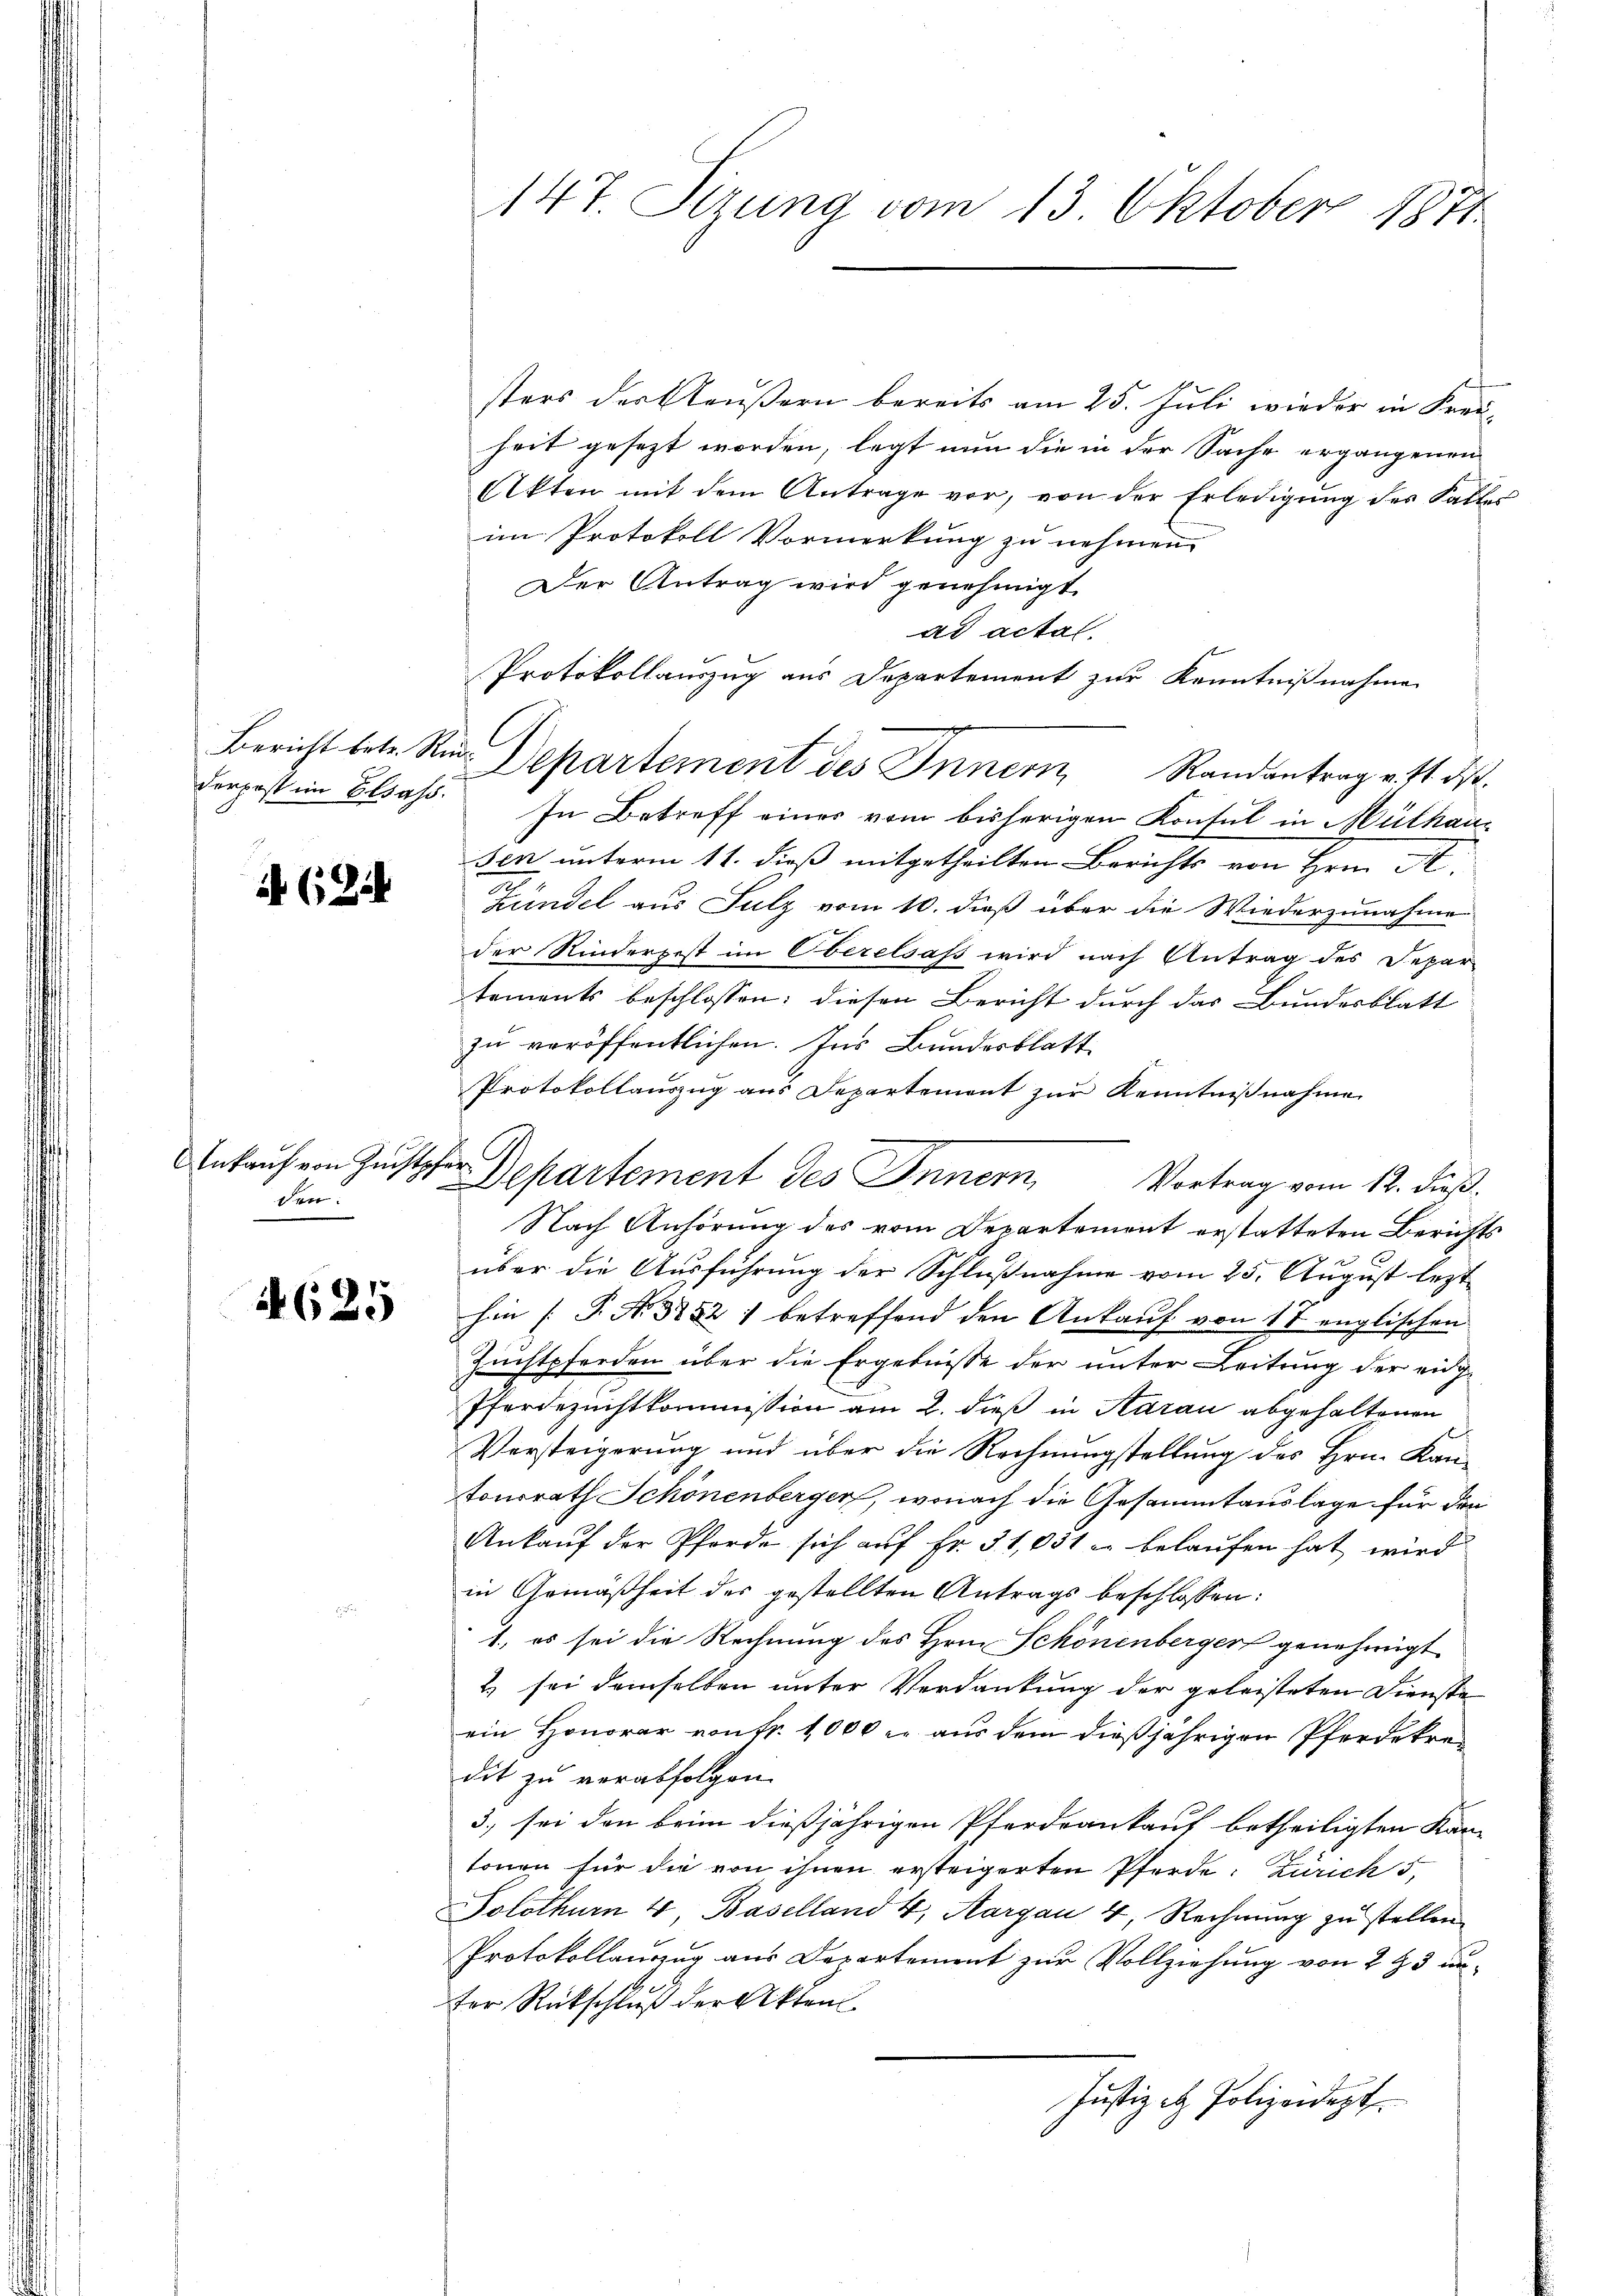
Bericht betr. Rud

(Zi

Ankauf von Zuchtpfer
den.

4625

147. Sizung vom 13. Oktober 1871

sters der Aeußern bereits am 25. Juli wieder in Kreuheit gesezt worden, legt nun die in der Sache ergangenen
Akten mit dem Antrage vor, von der Erledigŭng des Falles
im Protokoll Vormerkung zu nehmen.
Der Antrag wird genehmigt.
ad actat.
Protokollauszug aus Departement zur Kenntnißnahme
derpost im Elsass. In Betreff einer vom bisherigen Konsul in Mülhausen unterm 11. dieß mitgetheilten Berichts von Hrn. A
Zündel aus Sulz vom 10. dieß über die Wiederzunahme
der Rinderpest im Oberelsass wird nach Antrag des Depar
tements beschlossen: diesen Bericht durch das Bundesblatt
zu veröffentlichen. Ins Bundesblatt
Protokollauszug aus Departement zur Kenntnißnahme
Departement des Innern Vortrag vom 12. dieß.
Nach Anhörung des vom Departement erstatteten Berichts
über die Ausführung der Schlußnahme vom 25. August lezt
hin [P. Nr. 3252) betreffend den Ankauf von 17 englischen
Zuchtpferden über die Ergebnisse der unter Leitung der eng¬
Pferdezuchtkommission am 2. dieß in Aarau abgehaltenen
Versteigerung und über die Rechnungstellung des Hrn. Kan-
tonsrath Schönenberger, wonach die Gesammtauslage für den
Ankauf der Pferde sich auf Fr. 31,031 u. belaufen hat, wird
in Gemäßheit des gestellten Antrags beschlossen:
1., es sei die Rechnung des Hrn. Schönenberger genehmigt
2) sei demselben unter Verdankung der geleisteten Dienste
ein Honorar von fr. 1000 er aus dem dießjährigen Pferdekrei
dit zu verabfolgen.
3) sei den brinn dießjährigen Pferdrankauf betheiligten Kantonen für die von ihnen ersteigerten Pferde: Zürich 5,
Solothurn 4, Baselland 4, Aargau 4, Rechnŭng zŭ stellen.
Protokollauszug aus Departement zur Vollziehung von 2 § 3 unfor Rückschluß der Akten.
Justiz et Polizeidigt

Departement des Innern, Randantrag v. 4. ds.